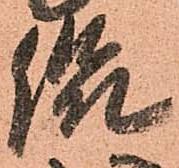
侃